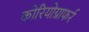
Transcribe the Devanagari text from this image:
कोरियोग्राफर्र